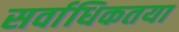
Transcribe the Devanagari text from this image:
सर्वाधिकतया